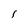
Character: 1